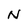
Character: N